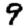
Digit: 9